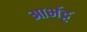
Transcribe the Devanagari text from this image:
आर्भट्ट